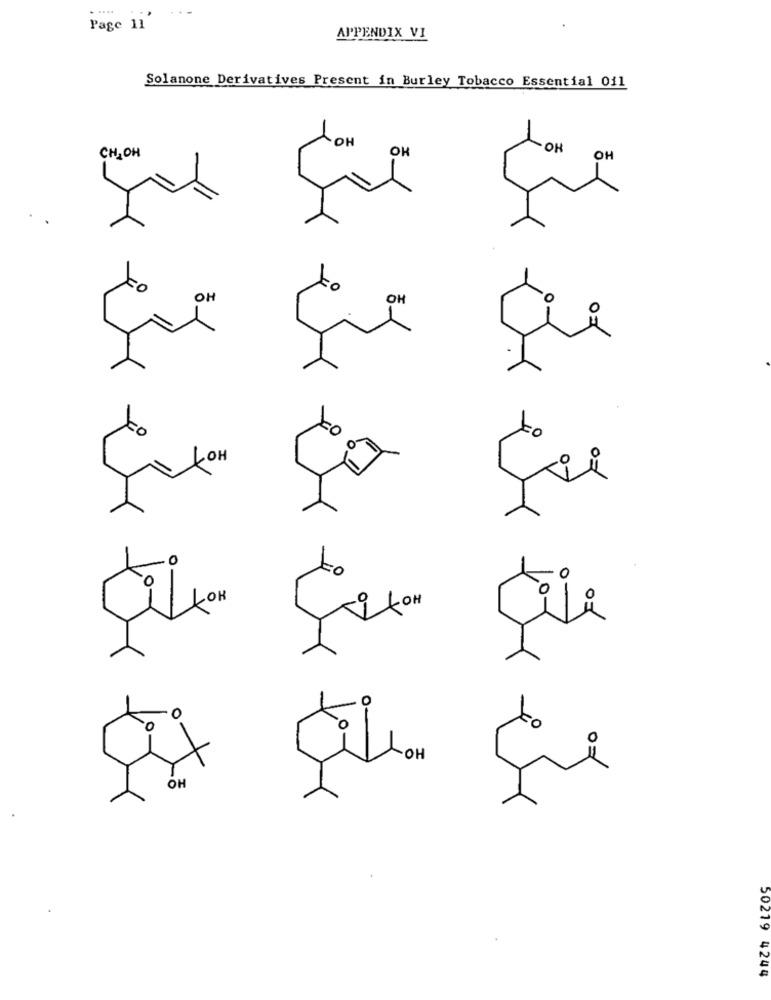
.....
...
Page 11
APPENDIX VI
Solanone Derivatives Present in Burley Tobacco Essential Oil
CH,OH
OH
OH
OH
OH
OH
OH
HO
to
OH
OH
0
O
,0
HO
OH
50279 4244